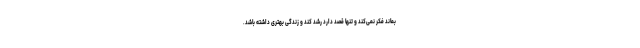
بماند فکر نمی‌کند و تنها قصد دارد رشد کند و زندگی بهتری داشته باشد.